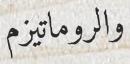
والروماتيزم